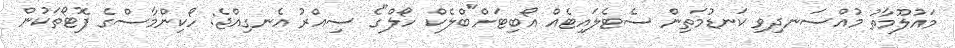
މައުލޫމާތު މުއްސަނދިވި ކަނޑުމަތިން ސެޓެލައިޓެއް އޯބިޓަށް"ބްލެކް ހޯލް"ގެ ސިއްރު އެނގިއްޖެ: ހޯކިންމާސްގެ ފޮޓޯތަކުން